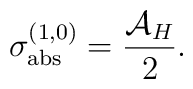
\sigma_{\rm abs}^{(1,0)}=\frac{{\cal A}_H}{2}.